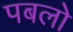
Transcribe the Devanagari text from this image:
पबलो